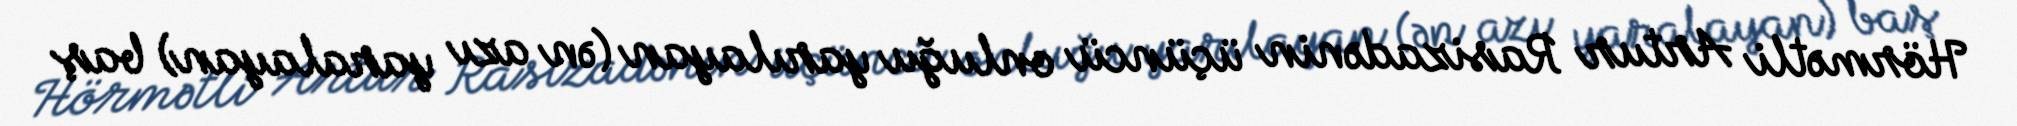
Hörmətli Artur Rasizadənin üçüncü onluğu yarılayan (ən azı yaralayan) baş